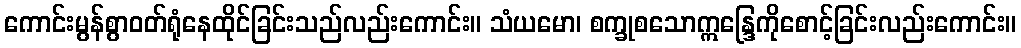
ကောင်းမွန်စွာဝတ်ရုံနေထိုင်ခြင်းသည်လည်းကောင်း။ သံယမော၊ စက္ခုစသောဣန္ဒြေကိုစောင့်ခြင်းလည်းကောင်း။